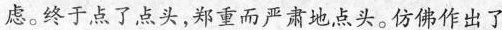
虑。终于点了 点头，郑重而严肃地点头。仿佛作出了